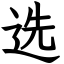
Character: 选